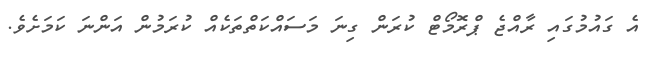
އެ ގައުމުގައި ރާއްޖެ ޕްރޮމޯޓް ކުރަން ގިނަ މަސައްކަތްތަކެއް ކުރަމުން އަންނަ ކަމަށެވެ.